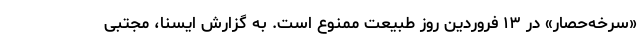
«سرخه‌حصار» در ۱۳ فروردین روز طبیعت ممنوع است. به گزارش ایسنا، مجتبی